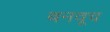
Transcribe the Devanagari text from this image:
बनवूच